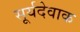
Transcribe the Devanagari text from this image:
सूर्यदेवाक